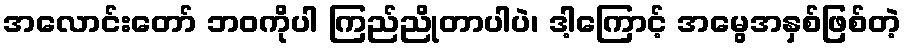
အလောင်းတော် ဘဝကိုပါ ကြည်ညိုတာပါပဲ၊ ဒါ့ကြောင့် အမွေအနှစ်ဖြစ်တဲ့